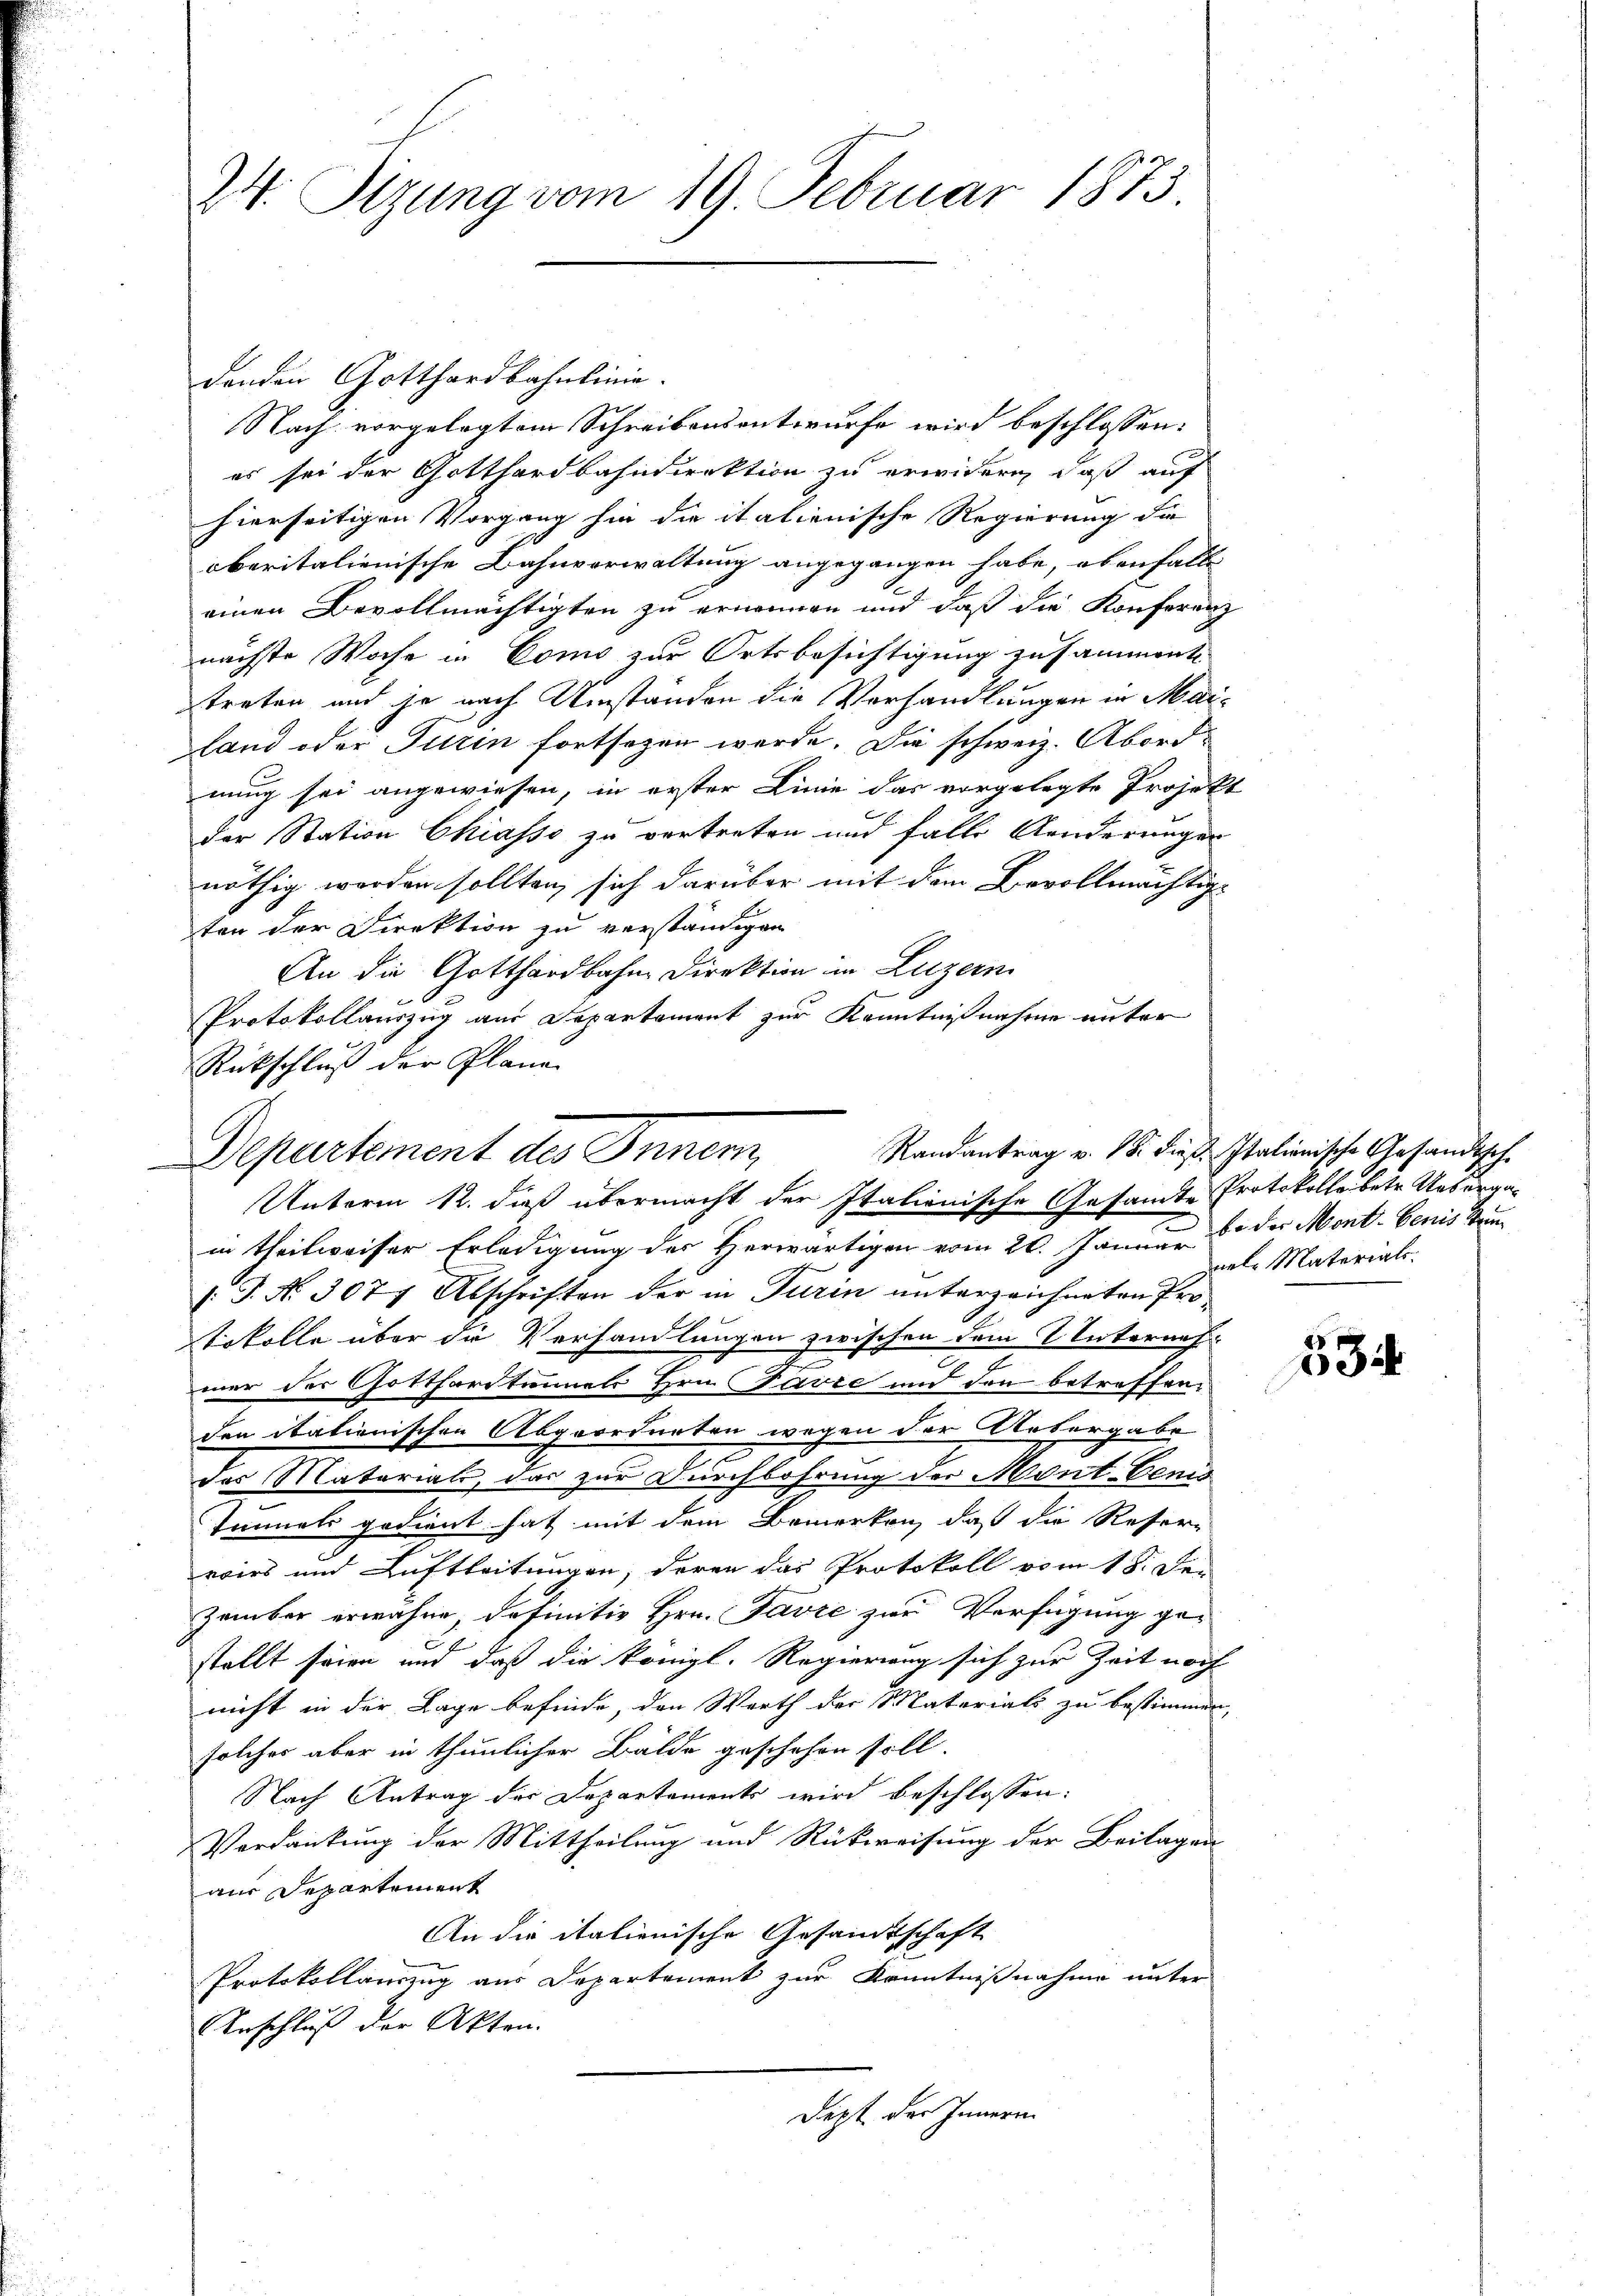
24. Sitzung vom 19. Februar 1873.

denden Gotthardbahnlinie.
Nach vorgelegtem Schreibensentwurfe wird beschlossen:
es sei der Gotthardbahndirektion zu erwidern, daß auf
hierseitigen Vorgang hin die italienische Regierung die
oberitalienische Bahnverwaltung angegangen habe, ebenfall |
einen Bevollmächtigten zu ernennen und daß die Konferenz
nächste Woche in Como zur Ortsbesichtigung zusamment
treten und je nach Umständen die Vorhandlungen in Mai¬
Land oder Turin fortsetzen werde. Die schweiz. Abordnung sei angewiesen, in erster Linie das vorgelegte Projek-
der Station Chiasso zu vertreten und falle Aenderungen
nöthig worden sollten, sich darüber mit dem Bevollmächtige
ten der Direktion zu verständigen
An die Gotthardbahn Direktion in Luzern
Protokollauszug aus Departament zur Kenntnißnahme unter
Rückschluß der Plane
in theilweiser Erledigung des Herwärtigen vom 20. Januar 8. der Mont. Berner eine
/. P. Nr. 3077 Abschriften der in Turin unterzeichneten Pro¬
Tokolle über die Verhandlungen zwischen dem Interauf
.
d
mer der Gotthardtunnels Hrn. Favre und den betreffen
den itationischen Abgeordneten wegen der Arbergabe
das Materials, das zur Durchbohrung der Mont-Gem
Tunnels gedient hat mit dem Bemerken, daß die Reser-
voirs und Luftleitungen, deren das Protokoll vom 18. De-
zember erwähne, definitiv Hrn. Favre zur Verfügung ge-
stellt seien und daß die königl. Regierung sich zur Zeit noch
nicht in der Lage befinde, den Werth der Materials zu bestimmen
solches aber in thunlicher Balde geschehen soll.
Nach Antrag der Departements wird beschlossen:
Verdankung der Mittheilung und Rückweisung der Beilagen
aus Departement
An die italienische Gesandtschaft
Protokollauszug aus Departement zur Kenntnißnahme unter
Anschluß der Akten.
Dipt der Innern.

Departement des Innern,
Unterm 12. dieß übermacht der Italienische Gesandte Protokolle betr. Aus

Randantrag v. 18. dieß. Italienische Gesandtsch-
nel. Materials.

2

334